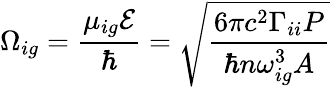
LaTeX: \Omega_{ig}=\frac{\mu_{ig}\mathcal{E}}{\hbar}=\sqrt{\frac{6\pi c^{2}\Gamma_{ii}P}{\hbar n\omega_{ig}^{3}A}}